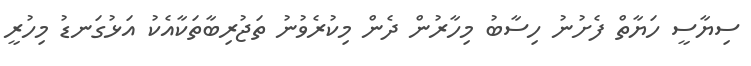
ސިޔާސީ ހަޔާތް ފެށުނު ހިސާބު މިހާރުން ދެން މިކުރެވުނު ތަޖުރިބާތަކާއެކު އަޅުގަނޑު މިހުރީ